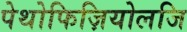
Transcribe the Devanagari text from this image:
पेथोफिज़ियोलजि